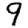
Digit: 9